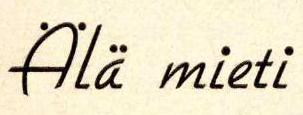
Älä mieti